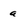
Character: a